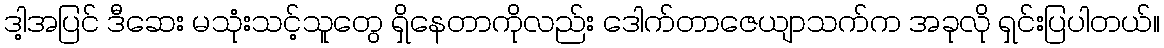
ဒါ့အပြင် ဒီဆေး မသုံးသင့်သူတွေ ရှိနေတာကိုလည်း ဒေါက်တာဇေယျာသက်က အခုလို ရှင်းပြပါတယ်။